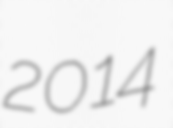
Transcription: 2014